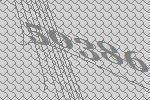
50386